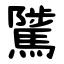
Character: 騭